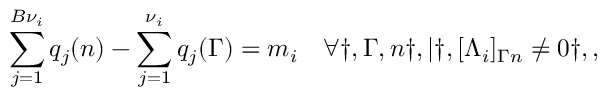
\sum _ { j = 1 } ^ { B { \nu } _ { i } } q _ { j } ( n ) - \sum _ { j = 1 } ^ { \nu _ { i } } q _ { j } ( \Gamma ) = m _ { i } \quad \forall \dag , \Gamma , n \dag , | \dag , [ \Lambda _ { i } ] _ { \Gamma n } \neq 0 \dag , ,